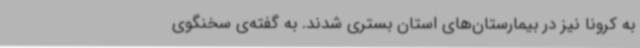
به کرونا نیز در بیمارستان‌های استان بستری شدند. به گفته‌ی سخنگوی